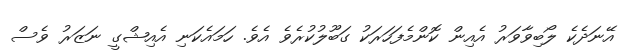
އޭނަދެކެ ލޯބިވާވަރު އެއިން ކޮންމެފަހަރަކު ގަބޫލުކުރެވެ އެވެ. ހަމައެކަނި އެއިޝްގީ ނަޒަރު ވެސް